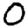
Digit: 0